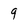
Character: 9